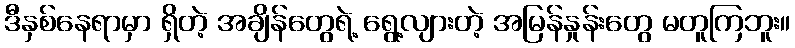
ဒီနှစ်နေရာမှာ ရှိတဲ့ အချိန်တွေရဲ့ ရွေ့လျားတဲ့ အမြန်နှုန်းတွေ မတူကြဘူး။